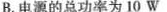
B.电源的总功率为10W